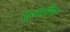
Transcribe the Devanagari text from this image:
गूजारिस